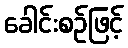
ခေါင်းစဉ်ဖြင့်